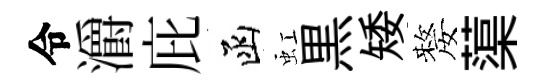
令灂庇函虹黒矮嫠蕖